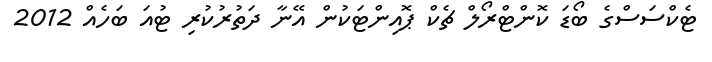
ޓެކްސަސްގެ ބޯޑަ ކޮންޓްރޯލް ޗެކް ޕޮއިންޓަކުން އޭނާ ދަތުރުކުރި ޓުއަ ބަހެއް 2012